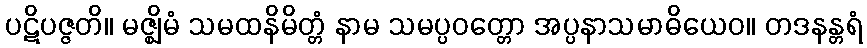
ပဋိပဇ္ဇတိ။ မဇ္ဈိမံ သမထနိမိတ္တံ နာမ သမပ္ပဝတ္တော အပ္ပနာသမာဓိယေဝ။ တဒနန္တရံ